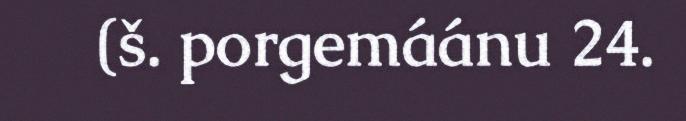
(š. porgemáánu 24.